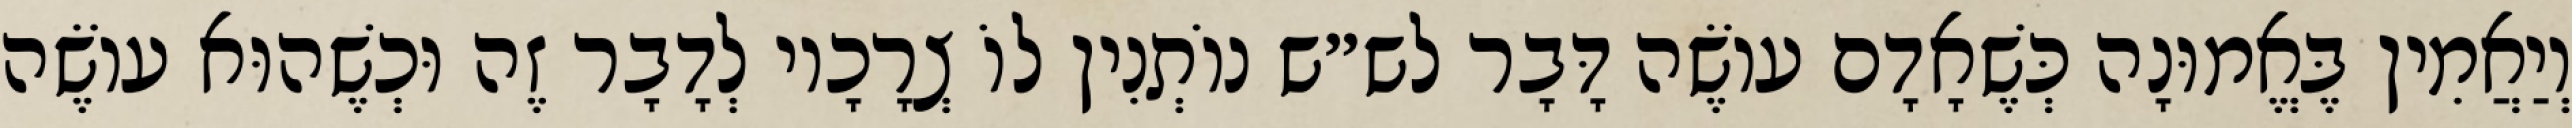
וְיַאֲמִין בֶּאֱמוּנָה כְּשֶׁאָדָם עוֹשֶׂה דָּבָר לש״ש נוֹתְנִין לוֹ צְרָכָיו לְדָבָר זֶה וּכְשֶׁהוּא עוֹשֶׂה